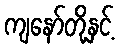
ကျနော်တို့နှင့်